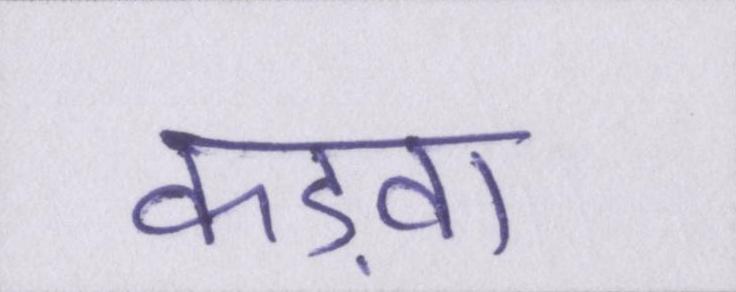
कड़वा